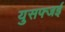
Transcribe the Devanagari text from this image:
युसफ्जई